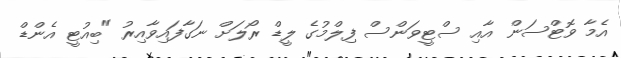
އެމާ ވޮޓްސަން އާއި ސްޓީވަންސް ފިލްމުގެ ލީޑް ރޯލަށް ނަގާފައިވާއިރު "ބިއުޓީ އެންޑް